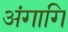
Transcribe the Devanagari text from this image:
अंगागि